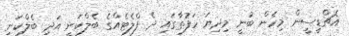
އެޗްޑީސީން މިހެން ބުނީ މިދިޔަ ހަފުތާގައި ދެ ފްލެޓެއްގެ ބެލްކަނީ އަދި ބެލްކަނި